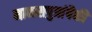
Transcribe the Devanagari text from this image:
मानसपुत्रांपैकी